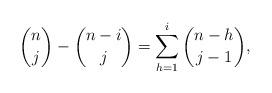
LaTeX: \begin{align*}\begin{aligned}\binom{n}{j}-\binom{n-i}{j}=\sum_{h=1}^{i}\binom{n-h}{j-1},\end{aligned}\end{align*}